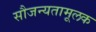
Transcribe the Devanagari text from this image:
सौजन्यतामूलक